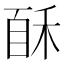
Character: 𰨩